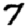
Digit: 7